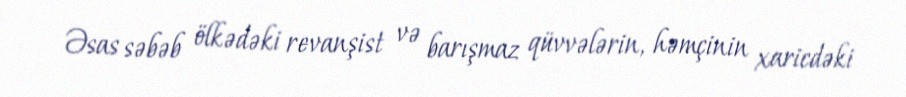
Əsas səbəb ölkədəki revanşist və barışmaz qüvvələrin, həmçinin xaricdəki